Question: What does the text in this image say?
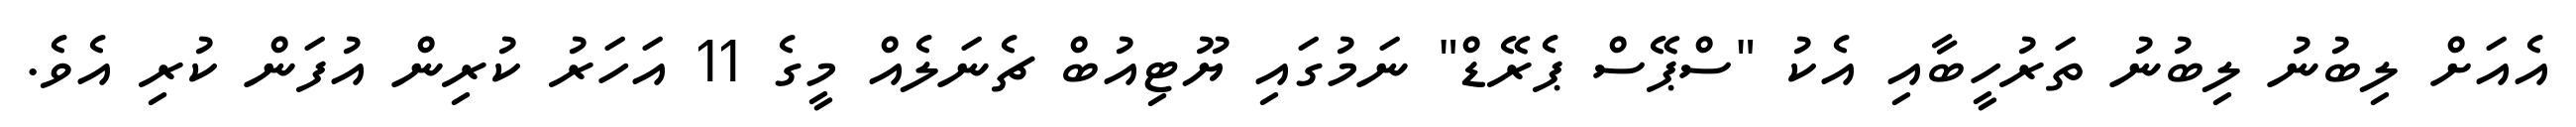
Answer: އެއަށް ލިބުނު ލިބުނު ތަރުހީބާއި އެކު "ސްޕޭސް ޕެރޭޑް" ނަމުގައި ޔޫޓިއުބް ޗެނަލެއް މީގެ 11 އަހަރު ކުރިން އުފަން ކުރި އެވެ.